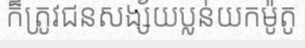
ក៏ត្រូវជនសង្ស័យប្លន់យកម៉ូតូ